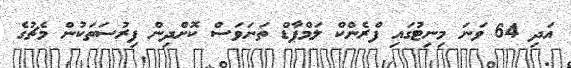
އަދި 64 ވަނަ މިނިޓުގައި ފްރެންކް ލަމްޕާޑް ތަނަވަސް ކޮށްދިން ފިރުސަތަކުން މެޗުގެ